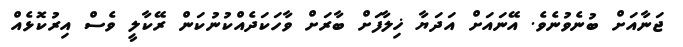
ޖަނާއަށް ބުނެވުނެވެ. އޭނައަށް އަދަޔާ ޚިލާފަށް ބާރަށް ވާހަކަދެއްކުނުކަން ރޭކާލީ ވެސް އިރުކޮޅެއް